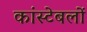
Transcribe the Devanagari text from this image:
कांस्‍टेबलों